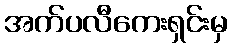
အက်ပလီကေးရှင်းမှ